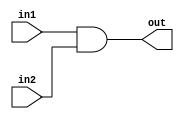
module AND(in1,in2,out);
input in1,in2;
output out;
wire in1,in2,out;

assign out = in1&in2;
endmodule